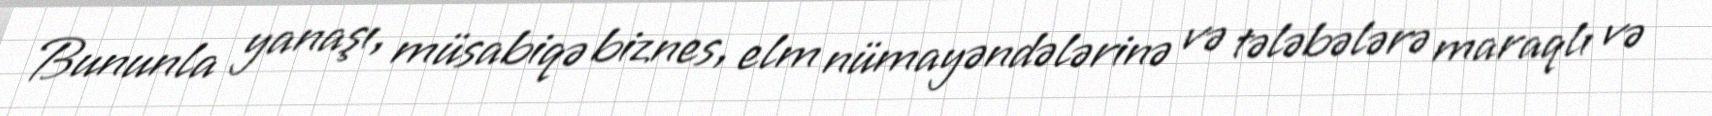
Bununla yanaşı, müsabiqə biznes, elm nümayəndələrinə və tələbələrə maraqlı və